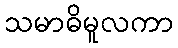
သမာဓိမူလကာ